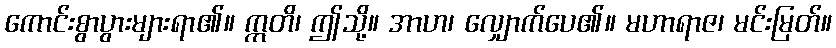
ကောင်းစွာပွားများရာ၏။ ဣတိ၊ ဤသို့။ အာဟ၊ လျှောက်ပေ၏။ မဟာရာဇ၊ မင်းမြတ်။